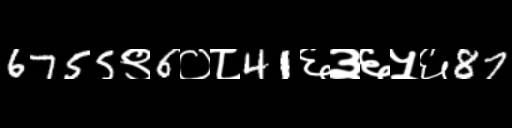
Text: 6755९6०८41६३६५६87